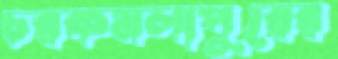
চরকমলাপুরের